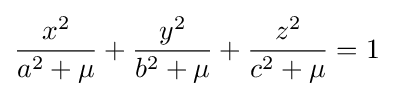
{\frac {x^{2}}{a^{2}+\mu }}+{\frac {y^{2}}{b^{2}+\mu }}+{\frac {z^{2}}{c^{2}+\mu }}=1